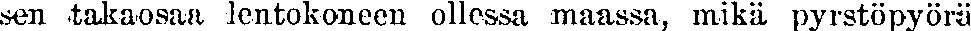
sen takaosaa lentokoneen ollessa maassa, mikä pyrstöpyörä